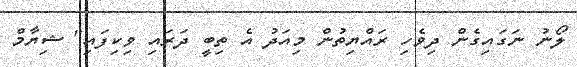
ލޯނު ނަަގައިގެން ދިވެހި ރައްޔިތުން މިއަދު އެ ތިބީ ދަރައި ވިކިފައި" ޝިޔާމް